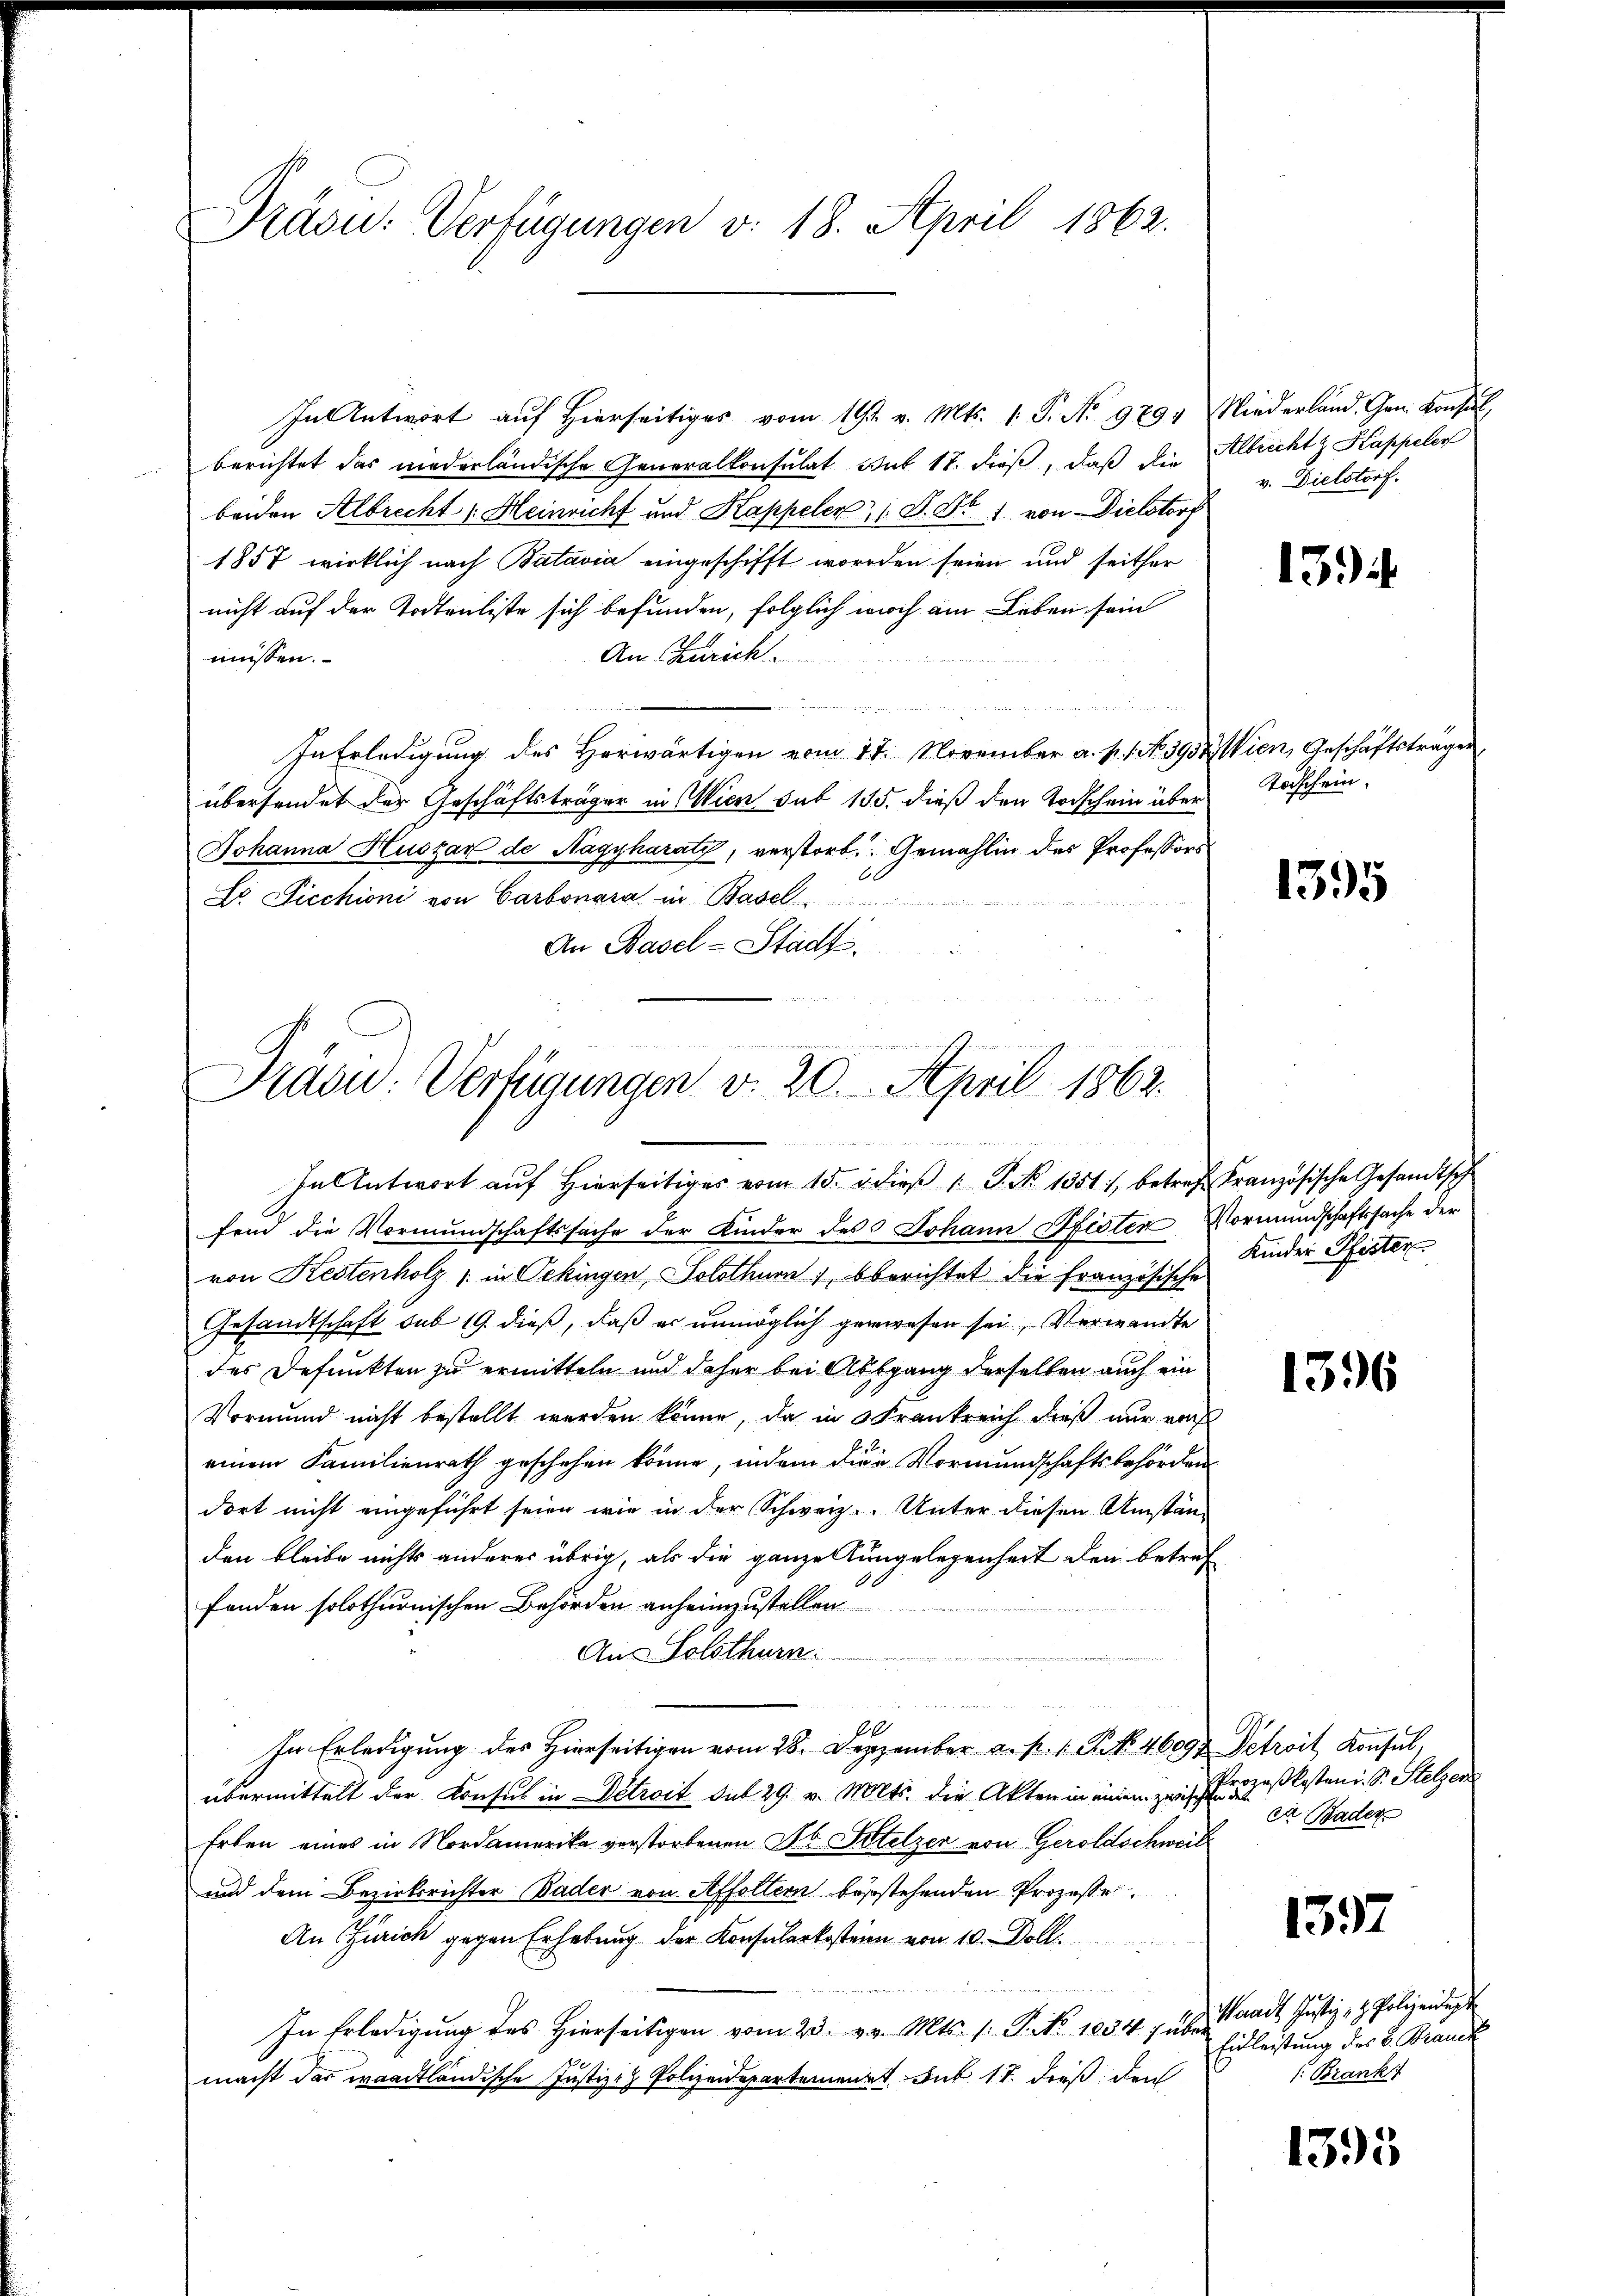
Dräs: Verfügungen v. 18. April 1862.

In Antwort auf hierseitiges vom 19t v. Mts. 1. P. No 9794 Niederland. Gen. Konsul,
berichtet das niederländische Generalkonsulat mit 17. dieß, daß die Albrecht z. Kappeler
beiden Albrecht s. Heinricht und Kappeler, 1 S. Nr. 1 von Dielstorf
1857 wirklich nach Batavia eingeschifft worden seien und seither
nicht auf der Todtenliste sich befunden, folglich woch am Leben sein
An Zürich
müssen.

In Erledigung des Herwärtigen vom 17. November a. p. 1. 393. Wien, Geschäftsträgen
übersendet der Geschäftsträger in Wien sub 155. dieß den Todschein über Todschein¬
Johanna Huszar de Nagyharaty, verstorb. Gemahlin des Professors
Dr. Siechioni von Carbonara in Basel
An Basel-Stadt.

Präsid. Verfügungen v. 20. April 1862.
undernd
i
In Antwort aŭf hierseitiges vom 15. d. dieβ " P. Nr. 1351) betref Französische Gesandtsch

fend die Vormundschaftssache der Kinder des Johann Pfisten Vormundschaftssache der
von Kestenholz / in Ockingen, Solothurn, Oberichtet die französische
Gesandtschaft sub 19. dieß, daß er unmöglich gewesen sei, Verwandte
des Defunkten zu ermitteln und daher bei Abgang derselben auch ein
Vormund nicht bestellt werden könne, da in Frankreich dieß nur von
einem Familienrath geschehen könne, indem dien Vormundschaftsbehörden
dort nicht eingeführt seien, wie in der Schweiz. Unter diesen Umständen bleibe nichts anderes übrig, als die ganze ungelegenheit den betref
fonden solothurnischen Behörden anheimzustellen
Aus Solothurn.
f
In Erledigung des Hierseitigen vom 28. Dezember a. p. 1 S. 46097 Petroit Konsul,
übermittelt der Konsul in Detreit sub 29. v. Mts. die Akten in einem zwei Prozeßkosten i. S. Stelzen
Erben eines in Nordamerika verstorbenen Jb. Stelzer von Geroldschweil
und dem Bezirksrichter Bader von Affoltern bestehenden Prozesse
An Zürich gegen Erhebung der Konsularkosteien von 10. Doll

In Erledigung des Hierseitigen vom 23. v. Mts. 1. P. Nr. 1834 f überrad Justiz- & Polizeidigt
macht das waadtländische Justiz- & Polizeidepartement sub 17. dieß den

v. Dielstorf.

1394

1395

Kinder Pfister

1396

et Baden

1597

Einleitung des L. Branck
1. Brank

1395